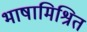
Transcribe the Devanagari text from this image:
भाषामिश्रित